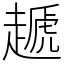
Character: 䞾